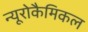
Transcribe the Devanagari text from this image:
न्यूरोकैमिकल